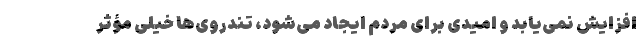
افزایش نمی‌یابد و امیدی برای مردم ایجاد می‌شود، تندروی‌ها خیلی مؤثر